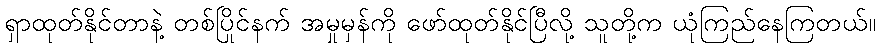
ရှာထုတ်နိုင်တာနဲ့ တစ်ပြိုင်နက် အမှုမှန်ကို ဖော်ထုတ်နိုင်ပြီလို့ သူတို့က ယုံကြည်နေကြတယ်။